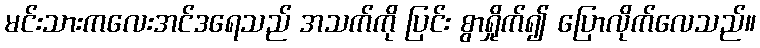
မင်းသားကလေးအင်ဒရေသည် အသက်ကို ပြင်း စွာရှိုက်၍ ပြောလိုက်လေသည်။